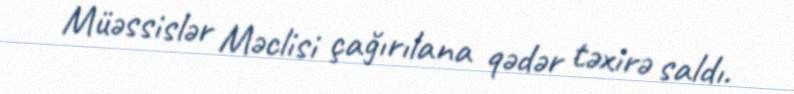
Müəssislər Məclisi çağırılana qədər təxirə saldı.